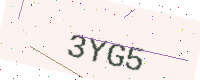
Text: 3YG5